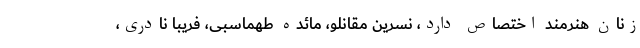
زنان هنرمند اختصاص دارد، نسرین مقانلو، مائده طهماسبی، فریبا‌ نادری،